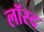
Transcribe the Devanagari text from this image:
लॉस्द